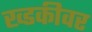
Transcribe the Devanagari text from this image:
ख्डकीवर